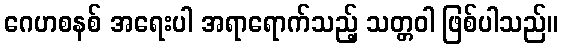
ဂေဟစနစ် အရေးပါ အရာရောက်သည့် သတ္တဝါ ဖြစ်ပါသည်။